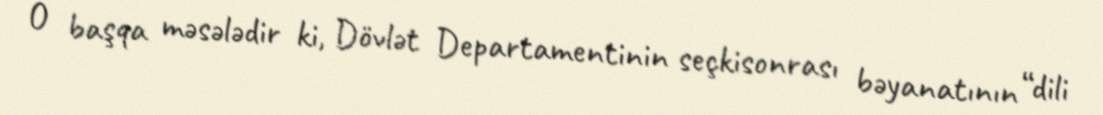
O başqa məsələdir ki, Dövlət Departamentinin seçkisonrası bəyanatının “dili